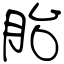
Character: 胎